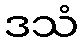
ဒသံ